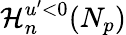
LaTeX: \mathcal{H}_{n}^{u^{\prime}<0}(N_{p})